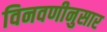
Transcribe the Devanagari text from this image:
विनवणीनुसार